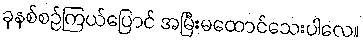
ခုနစ်စဉ်ကြယ်ပြောင် အမြီးမထောင်သေးပါလေ။